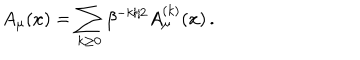
A _ { \mu } ( x ) = \sum _ { k \ge 0 } \beta ^ { - k / 2 } A _ { \mu } ^ { ( k ) } ( x ) \, .